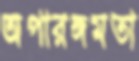
অপারঙ্গমতা